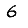
Digit: 6